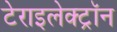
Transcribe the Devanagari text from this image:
टेराइलेक्ट्रॉन